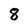
Character: 8